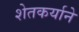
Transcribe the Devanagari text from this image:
शेतकर्याने